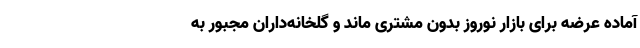
آماده عرضه برای بازار نوروز بدون مشتری ماند و گلخانه‌داران مجبور به